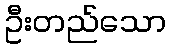
ဦးတည်သော